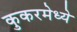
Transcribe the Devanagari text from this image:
कुकरमेध्ये